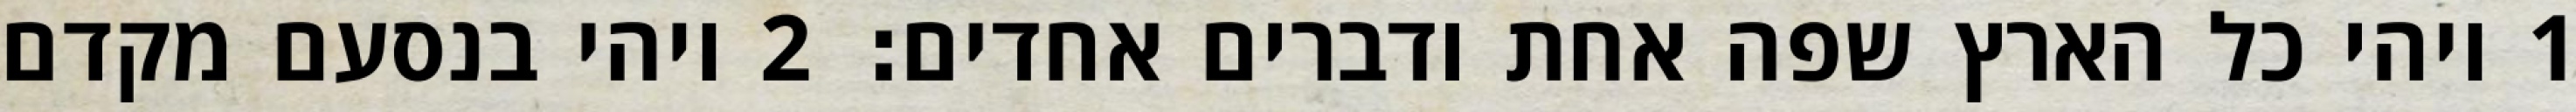
1 ויהי כל הארץ שפה אחת ודברים אחדים׃ ‎2‏ ויהי בנסעם מקדם